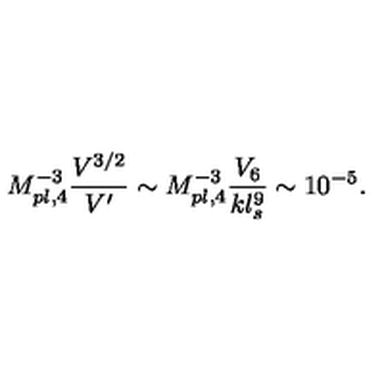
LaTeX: M _ { p l , 4 } ^ { - 3 } \frac { V ^ { 3 / 2 } } { V ^ { \prime } } \sim M _ { p l , 4 } ^ { - 3 } \frac { V _ { 6 } } { k l _ { s } ^ { 9 } } \sim 1 0 ^ { - 5 } .